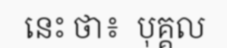
នេះ ថា៖  បុគ្គល